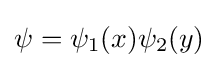
\psi =\psi _{1}(x)\psi _{2}(y)